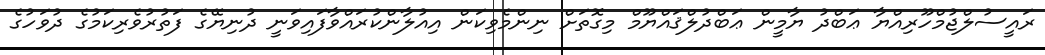
ރައީސުލްޖުމްހޫރިއްޔާ ޢަބްދު ޔާމީން ޢަބްދުލްޤައްޔޫމް މިގޮތަށް ނިންމެވިކަން އިއުލާންކުރައްވާފައިވަނީ ދުނިޔޭގެ ފަތުރުވެރިކަމުގެ ދުވަހުގެ